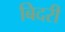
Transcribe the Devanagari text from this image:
बिदरी